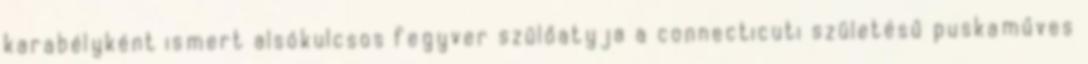
karabélyként ismert alsókulcsos fegyver szülőatyja a connecticuti születésű puskaműves